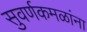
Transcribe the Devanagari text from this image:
सुवर्णकमळांना